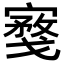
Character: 𪧮